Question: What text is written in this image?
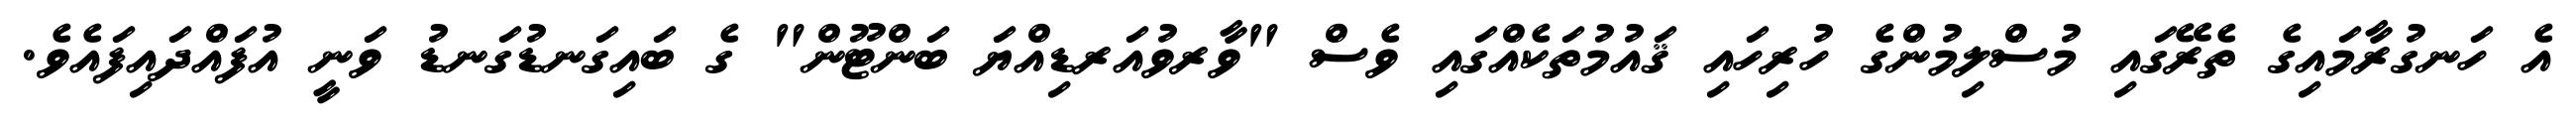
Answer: އެ ހަނގުރާމައިގެ ތެރޭގައި މުސްލިމުންގެ ހުރިހައި ޤައުމުތަކެއްގައި ވެސް "ވާރވުއަރޑިއްޔަ ބަންޓޫން" ގެ ބައިގަނޑުގަނޑު ވަނީ އުފައްދައިފައެވެ.